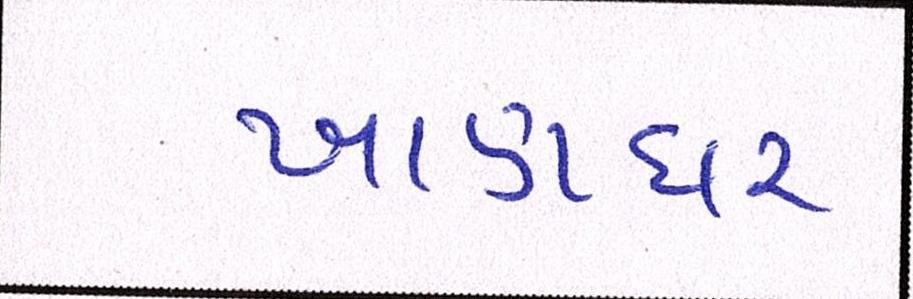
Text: ખાણધર